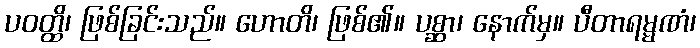
ပဝတ္ထိ၊ ဖြစ်ခြင်းသည်။ ဟောတိ၊ ဖြစ်၏။ ပစ္ဆာ၊ နောက်မှ။ ပီတာရမ္မဏံ၊